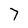
Character: 7